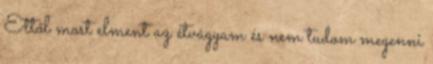
Ettől most elment az étvágyam és nem tudom megenni